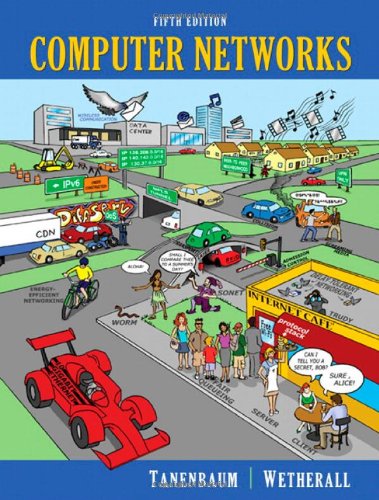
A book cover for Computer Networks (5th Edition); Andrew S. Tanenbaum; Engineering & Transportation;